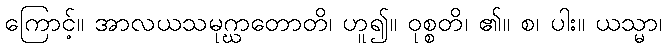
ကြောင့်။ အာလယသမုဂ္ဃာတောတိ၊ ဟူ၍။ ဝုစ္စတိ၊ ၏။ စ၊ ပါး။ ယသ္မာ၊